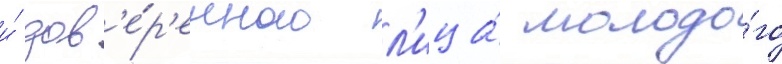
и́ дов'е́р'енного л'ица́ молодо́го